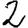
Digit: 2